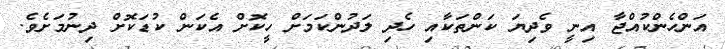
އަންހެންކުއްޖާ އިނީ ވެދިޔަ ކަންތަކާއި ހެދި ލަދުންކަމަށް ހީކޮށް އެކަން ކުޑަކޮށް ދިނުމަށެވެ.